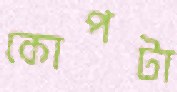
কোপটা